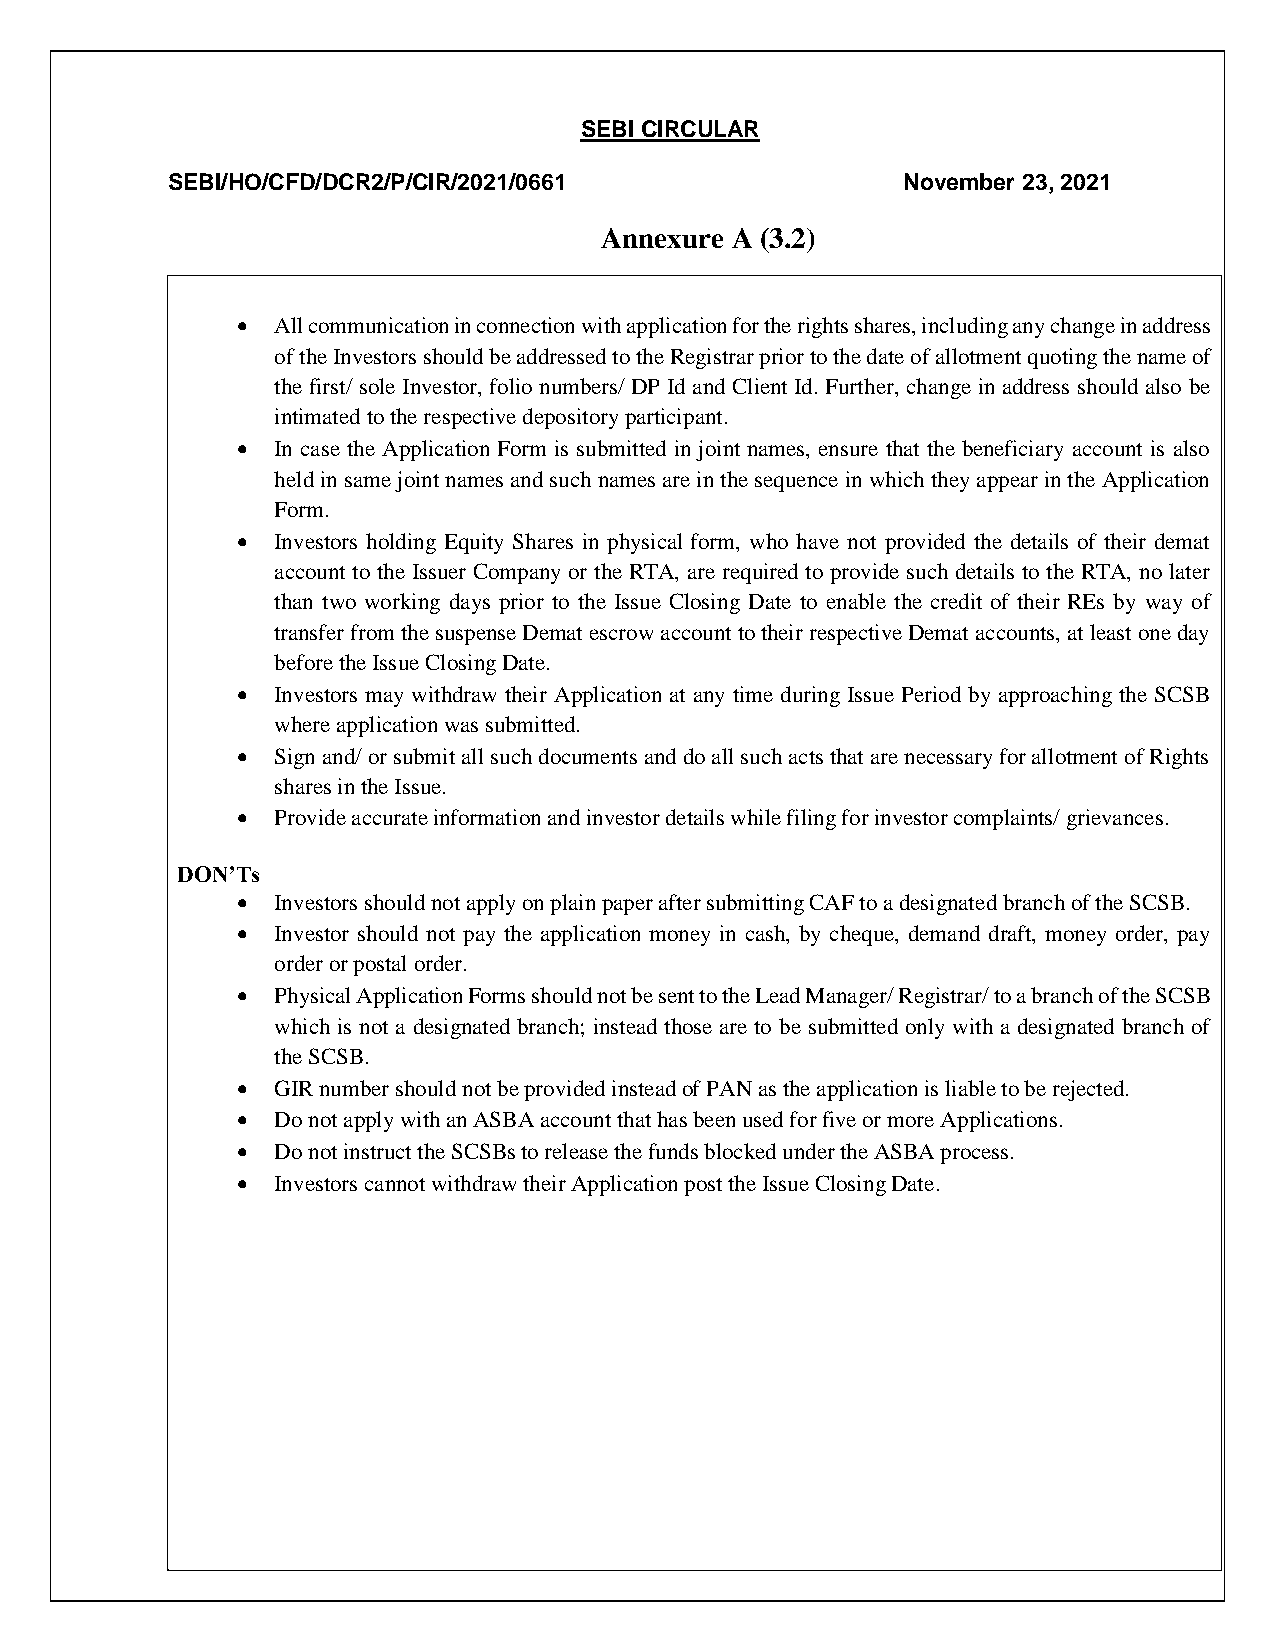
SEBI CIRCULAR
 SEBI/HO/CFD/DCR2/P/CIR/2021/0661                 November 23, 2021
 Annexure A (3.2)
  All communication in connection with application for the rights shares, including any change in address
 of the Investors should be addressed to the Registrar prior to the date of allotment quoting the name of
 the first/ sole Investor, folio numbers/ DP Id and Client Id. Further, change in address should also be
 intimated to the respective depository participant.
  In case the Application Form is submitted in joint names, ensure that the beneficiary account is also
 held in same joint names and such names are in the sequence in which they appear in the Application
 Form.
  Investors holding Equity Shares in physical form, who have not provided the details of their demat
 account to the Issuer Company or the RTA, are required to provide such details to the RTA, no later
 than two working days prior to the Issue Closing Date to enable the credit of their REs by way of
 transfer from the suspense Demat escrow account to their respective Demat accounts, at least one day
 before the Issue Closing Date.
  Investors may withdraw their Application at any time during Issue Period by approaching the SCSB
 where application was submitted.
  Sign and/ or submit all such documents and do all such acts that are necessary for allotment of Rights
 shares in the Issue.
  Provide accurate information and investor details while filing for investor complaints/ grievances.
 DON’Ts
  Investors should not apply on plain paper after submitting CAF to a designated branch of the SCSB.
  Investor should not pay the application money in cash, by cheque, demand draft, money order, pay
 order or postal order.
  Physical Application Forms should not be sent to the Lead Manager/ Registrar/ to a branch of the SCSB
 which is not a designated branch; instead those are to be submitted only with a designated branch of
 the SCSB.
  GIR number should not be provided instead of PAN as the application is liable to be rejected.
  Do not apply with an ASBA account that has been used for five or more Applications.
  Do not instruct the SCSBs to release the funds blocked under the ASBA process.
  Investors cannot withdraw their Application post the Issue Closing Date.